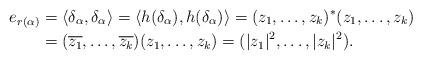
LaTeX: \begin{align*}e_{r(\alpha)} &= \langle \delta_\alpha, \delta_\alpha \rangle = \langle h(\delta_\alpha), h(\delta_\alpha) \rangle = (z_1, \ldots, z_k)^* (z_1, \ldots, z_k) \\&= (\overline{z_1}, \ldots, \overline{z_k}) (z_1, \ldots, z_k) = ( |z_1|^2, \ldots, |z_k|^2).\end{align*}